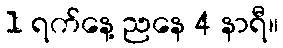
1 ရက်နေ့ ညနေ 4 နာရီ။